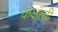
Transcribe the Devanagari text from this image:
कक्षांची